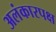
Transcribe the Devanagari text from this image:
अलंकारपक्ष